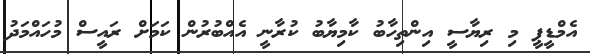
އެމްޑީޕީ މި ރިޔާސީ އިންތިހާބު ކާމިޔާބު ކުރާނީ އެއްބުރުން ކަމަށް ރައީސް މުހައްމަދު